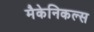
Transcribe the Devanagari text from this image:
मैकेनिकल्स